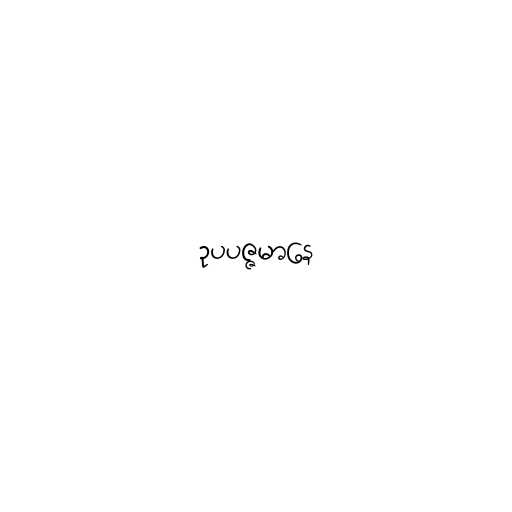
ဥပပဇ္ဇမာနေ